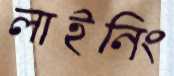
লাইনিং